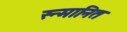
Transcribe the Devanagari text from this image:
स्न्मानित